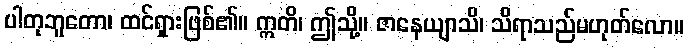
ပါတုဘူတော၊ ထင်ရှားဖြစ်၏။ ဣတိ၊ ဤသို့။ ဇာနေယျာသိ၊ သိရာသည်မဟုတ်လော။